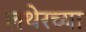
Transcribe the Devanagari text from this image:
लथेरच्या